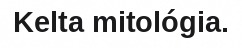
Kelta mitológia.